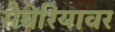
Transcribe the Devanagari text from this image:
सैबेरियावर